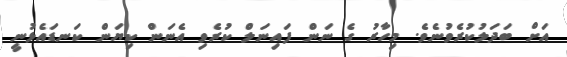
އަށް ބަދަލުކުރެވުނެވެ. މިހާރު ގެ ނަން ފައިނަލް ކުރެވި އެނަން ކިޔަން ކަނޑައެޅުނީ